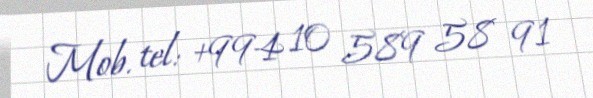
Mob. tel: +994 10 589 58 91